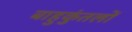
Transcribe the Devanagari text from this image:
बाहुकुंतलों